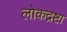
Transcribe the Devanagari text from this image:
लोकद्रष्टा